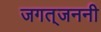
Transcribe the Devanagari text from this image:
जगत्‌जननी